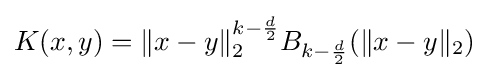
K(x,y)=\|x-y\|_{2}^{k-{\frac {d}{2}}}B_{k-{\frac {d}{2}}}(\|x-y\|_{2})